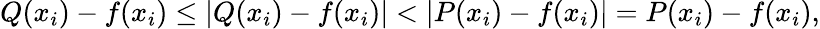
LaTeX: Q(x_{i})-f(x_{i})\leq|Q(x_{i})-f(x_{i})|<|P(x_{i})-f(x_{i})|=P(x_{i})-f(x_{i}),